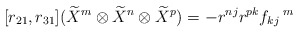
\begin{align*}[r_{21},r_{31}](\widetilde{X}^{m}\otimes \widetilde{X}^{n}\otimes \widetilde{X}^{p})=-r^{nj}r^{pk}f_{kj}\,^{m}\end{align*}